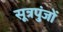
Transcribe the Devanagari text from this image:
सूत्रपुंजों